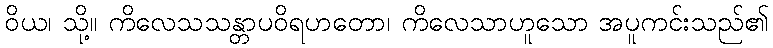
ဝိယ၊ သို့။ ကိလေသသန္တာပဝိရဟတော၊ ကိလေသာဟူသော အပူကင်းသည်၏